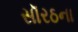
સૉરઠના